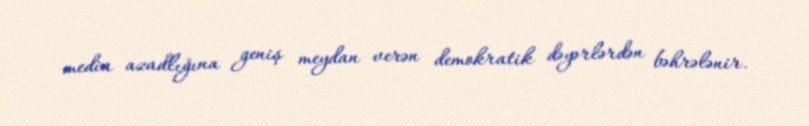
media azadlığına geniş meydan verən demokratik dəyərlərdən bəhrələnir.